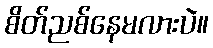
စိတ်ညစ်နေမလားပဲ။